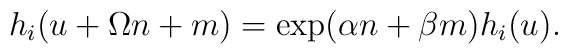
h_i(u+\Omega n+m)=\exp (\alpha n+\beta m)h_i(u).